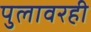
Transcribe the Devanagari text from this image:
पुलावरही